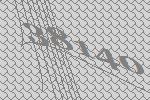
38140